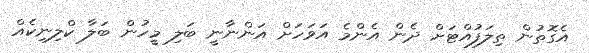
އެގޮތުން ތިލަފުއްޓަށް ދެން އެންމެ އަވަހަށް އަންނާނީ ބަލި މީހުން ބަލާ ކްލިނިކެއް